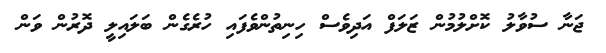
ޖަނާ ސުވާލު ކޮށްލުމުން ޒަލަފް އަދިވެސް ހިނިތުންވެފައި ހުރެގެން ބަލައިލީ ދޮރުން ވަން